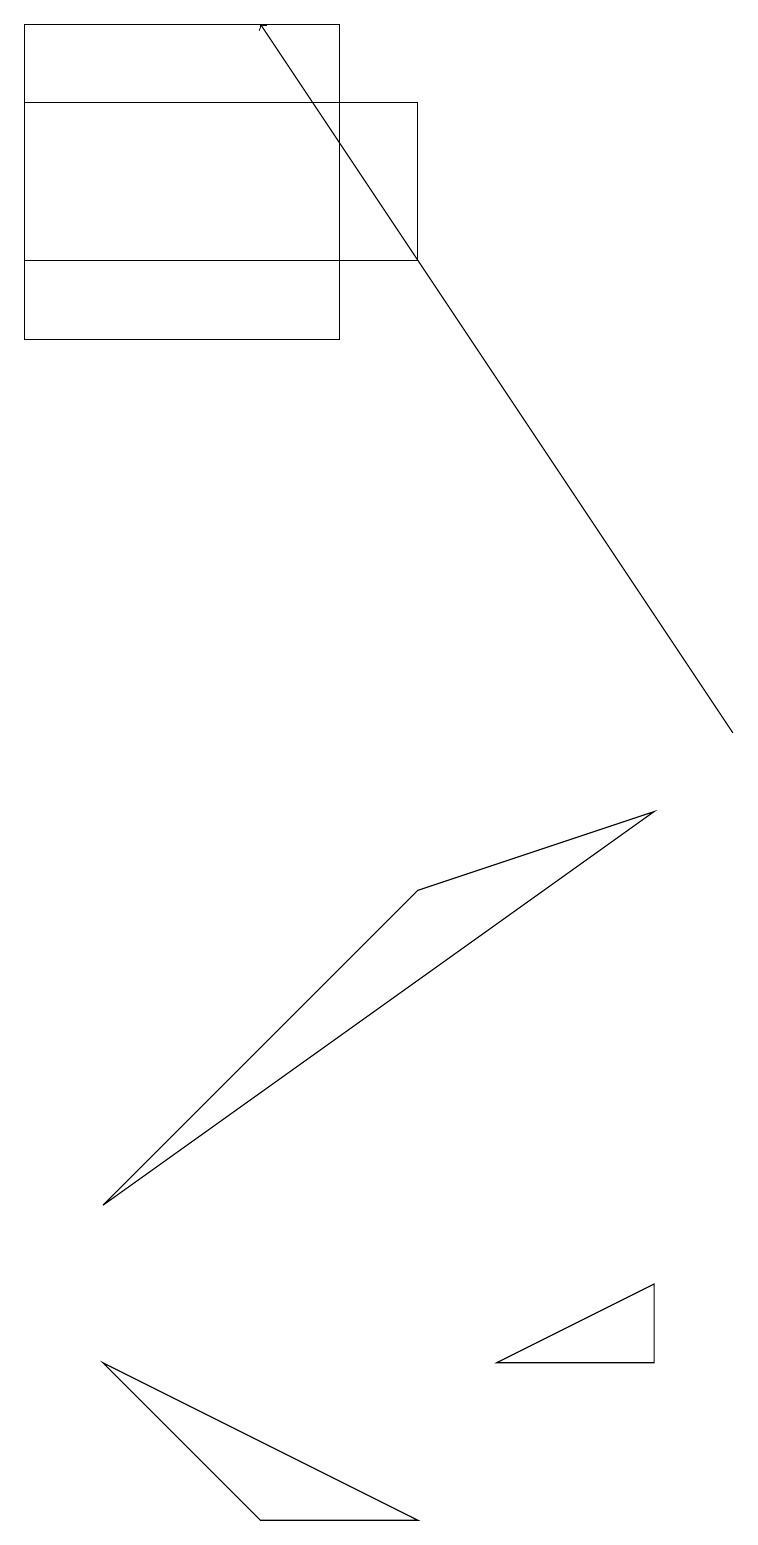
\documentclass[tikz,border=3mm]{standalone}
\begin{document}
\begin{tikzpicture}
\draw (4,19) rectangle (0,15);
\draw (6,2) -- (8,2) -- (8,3) -- cycle;
\draw (0,18) rectangle (5,16);
\draw (3,0) -- (5,0) -- (1,2) -- cycle;
\draw[->] (9,10) -- (3,19);
\draw (5,8) -- (8,9) -- (1,4) -- cycle;
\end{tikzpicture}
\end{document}